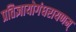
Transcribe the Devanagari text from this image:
प्रतिज्ञायोगंधरायणम्